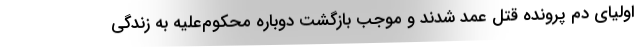
اولیای دم پرونده قتل عمد شدند و موجب بازگشت دوباره محکوم‌علیه به زندگی